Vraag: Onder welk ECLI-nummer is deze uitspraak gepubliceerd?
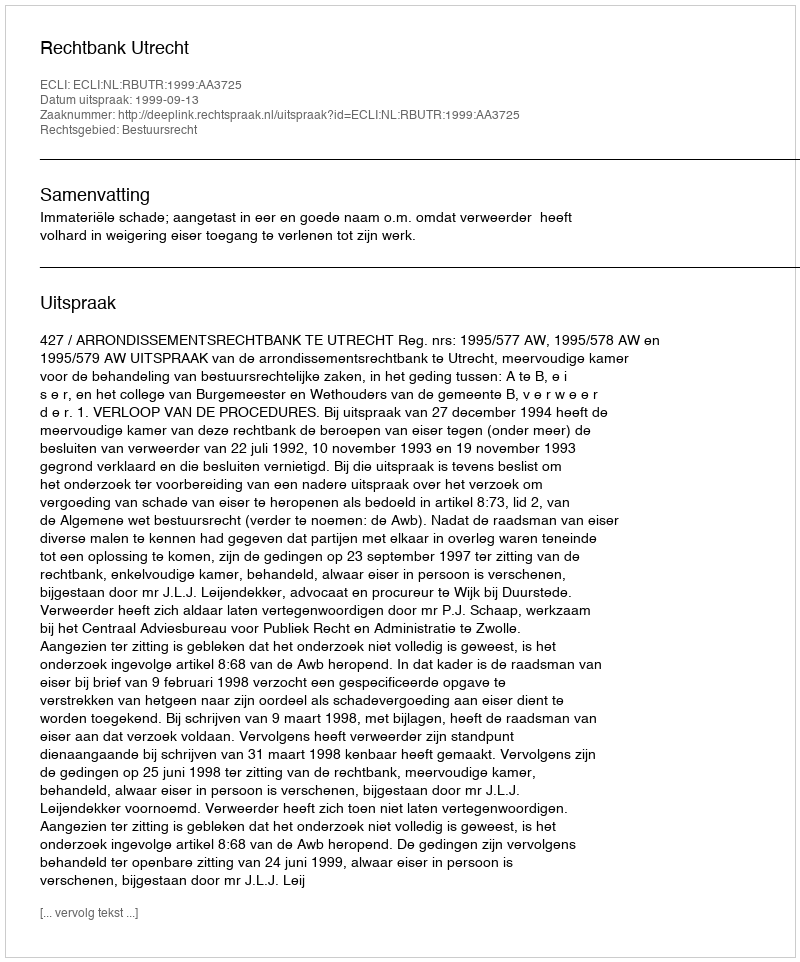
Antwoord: ECLI:NL:RBUTR:1999:AA3725